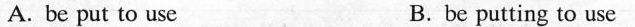
A. be put to use B.be putting to use